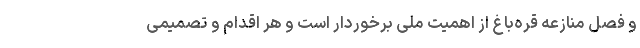
و فصل منازعه قره‌باغ از اهمیت ملی برخوردار است و هر اقدام و تصمیمی